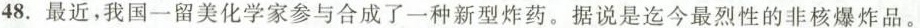
48.最近，我国一留美化学家参与合成了一种新型炸药。据说是迄今最烈性的非核爆炸品。